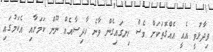
ވިދާޅުވީ އެއީ އެއްގޮތަކަށް ވެސް ހިނގައިގެން ވާނެ ހާދިސާއެއް ނޫން ކަމަށާއި އެކަމުގައި